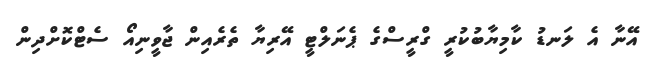
އޭނާ އެ ލަނޑު ކާމިޔާބުކުރީ ގްރީސްގެ ޕެނަލްޓީ އޭރިޔާ ތެރެއިން ޖާވީނިއޯ ސެޓްކޮށްދިން